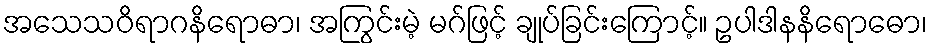
အသေသဝိရာဂနိရောဓာ၊ အကြွင်းမဲ့ မဂ်ဖြင့် ချုပ်ခြင်းကြောင့်။ ဥပါဒါနနိရောဓော၊